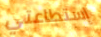
إستطاعتي